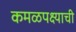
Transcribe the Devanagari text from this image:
कमळपक्ष्याची